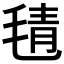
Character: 𣮛